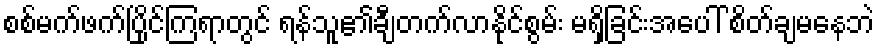
စစ်မက်ဖက်ပြိုင်ကြရာတွင် ရန်သူ၏ချီတက်လာနိုင်စွမ်း မရှိခြင်းအပေါ် စိတ်ချမနေဘဲ